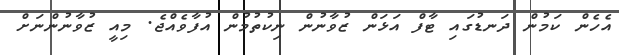
އެހެން ކަމުން ދަނޑުގައި ޓާފް އަޅަން ޒުވާނުން ނިކުތުމުން އުފާވެއްޖެ. މިއީ ޒުވާނުންނަށް